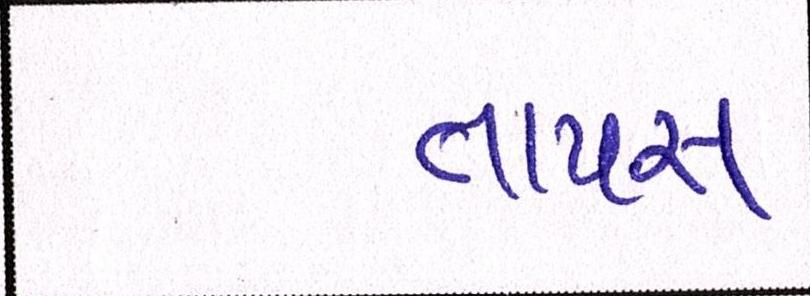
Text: તાપસ